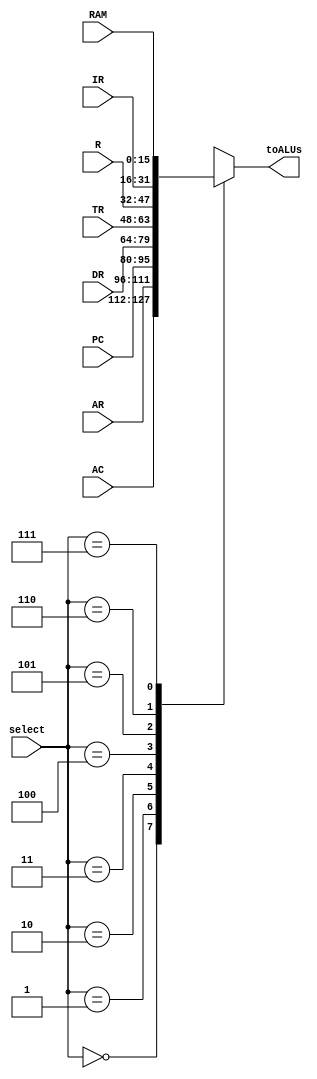
module ReadMux(select,AC,AR,PC,DR,TR,RAM,R,IR,toALUs);
	input [2:0] select;
	input [15:0] AC,DR,TR,RAM,R,IR;
	input [15:0] AR,PC;
	output [15:0] toALUs;
	reg	[15:0]  toALUs;
	parameter ac=3'b000, ar= 3'b001, pc=3'b010, dr=3'b011, tr=3'b100, r=3'b101, ir=3'b110,ram=3'b111;
	always @(select or AC or AR or PC or DR or TR or RAM or IR or R)
		
		begin
			case (select)
				ac: toALUs <= AC;
				ar: toALUs <= AR;
				pc: toALUs <= PC;
				dr : toALUs <= DR;
				tr: toALUs <= TR;
				r:toALUs <= R;
				ir:toALUs <= IR;
				ram : toALUs <= RAM;
				//ram: toALUs <= RAM;
				default:toALUs<=0;
			endcase
		end
endmodule